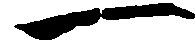
一